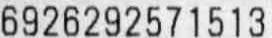
6926292571513